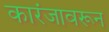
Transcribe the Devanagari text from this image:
कारंजावरून